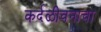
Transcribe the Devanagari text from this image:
कर्दळीवनाचा